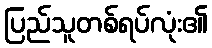
ပြည်သူတစ်ရပ်လုံး၏